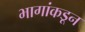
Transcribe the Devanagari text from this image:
भागांकडून